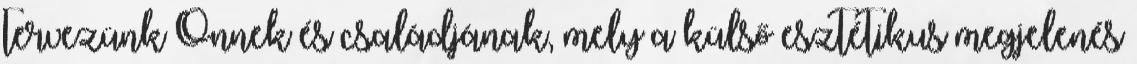
tervezünk Önnek és családjának, mely a külső esztétikus megjelenés